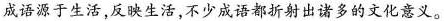
成语源于生活，反映生活，不少成语都折射出诸多的文化意义。